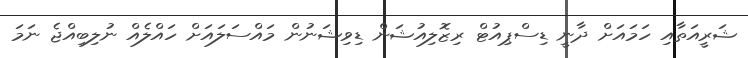
ޝަރީއަތާއި ހަމައަށް ދާނީ ޑިސްޕިއުޓް ރިޒޮލިއުޝަން ޑިވިޝަނުން މައްސަލައަށް ހައްލެއް ނުލިބިއްޖެ ނަމަ